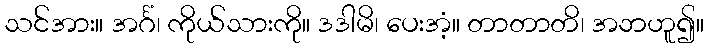
သင်အား။ အင်္ဂံ၊ ကိုယ်သားကို။ ဒဒါမိ၊ ပေးအံ့။ တာတာတိ၊ အဘဟူ၍။